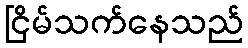
ငြိမ်သက်နေသည်